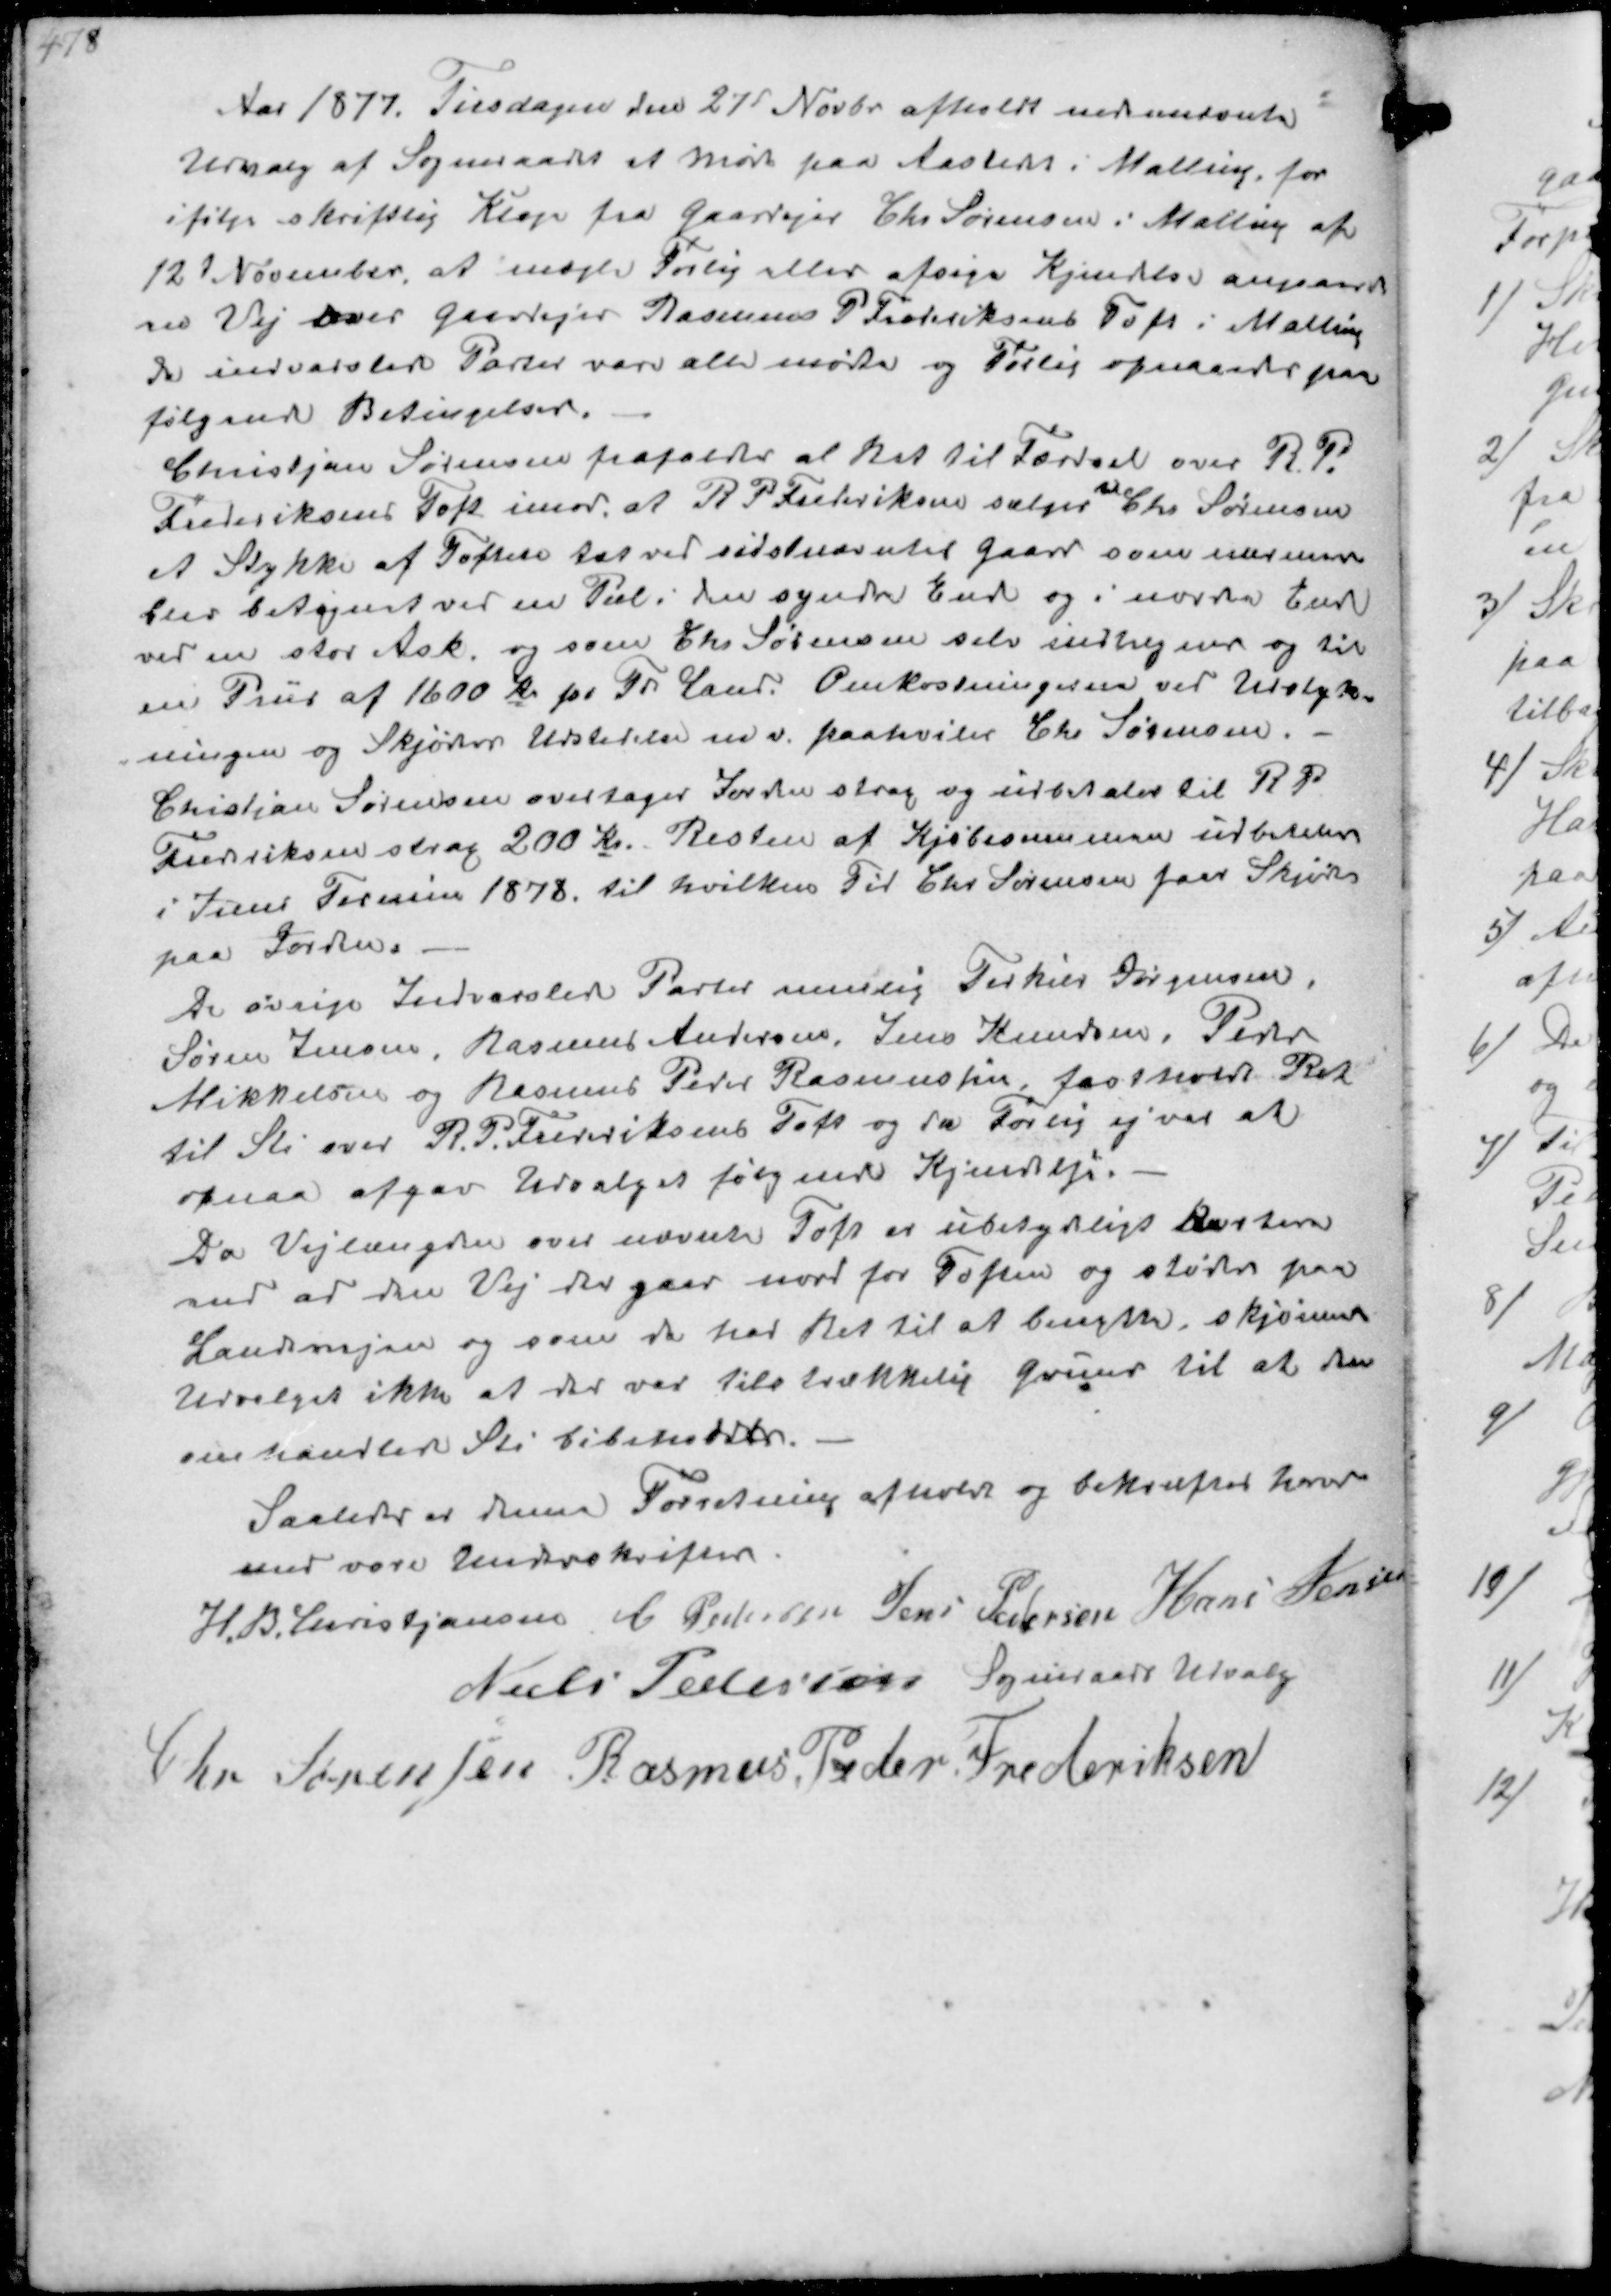
Transskription:
Aar 1877 Tirsdagen den 27d Novbr afholdt nedennævnte
Udvalg af Sogneraadet et Møde paa Aastedet i Malling for
ifølge skriftlig Klage fra Gaardejer Chr Sørensen i Malling af
12d November, at mægle Forlig eller afsige Kjendelse angaaende
den Vej over Gaardejer Rasmus P Frederiksens Toft i Malling
de indvarslede Parter vare alle mødte og Forlig opnaades paa
følgende Betingelser.

Christjan Sørensen frafalder al Ret til Færdsel over R P 
Frederiksens Toft imod at R P. Frederiksen sælger
til
Chr Sørensen
et Stykke af Toften tæt ved sidstnævntes Gaard som nærmere
blev betegnet ved en Pæl i den syndre Ende og i nordre Ende
ved en stor Ask og som Chr Sørensen selv indhegner og til
en Priis af 1600 Kr pr Td Land. Omkostningerne ved Udstyk-
ningen og Skjøder Udstedelse m v. paahviler Chr Sørensen.
Christian Sørensen overtager Jorder strax og udbetaler til R P
Frederiksen strax 200 Kr. Resten af Kjøbesummen udbetales
i Juni Termin 1878 til hvilken Tid Chr. Sørensen faar Skjødet
paa Jorden

De øvrige Indvarslede Parter nemlig Torkild Jørgensen,
Søren Jensen, Rasmus Andersen, Jens Knudsen, Peder
Mikkelsen og Rasmus Peder Rasmussen, fastholdt Ret
til Sti over R.P. Frederiksens Toft og da Forlig ej var at
opnaa afgav Udvalget følgende Kjendelse
Da Vejlængden over nævnte Toft er ubetydeligt kortere
end ad den Vej der gaar nord for Toften og støder paa
Landevejen og som de har Ret til at benytte skjønnede
Udvalget ikke at der var tilstrækkelig Grund til at den
omhandlede Sti bibeholdes
Saaledes er denne Forretning afholdt og bekræftes herved
med vore Underskrifter
H. B. Christjansen C Pedersen Jens Pedersen Hans Jensen
Niels Pedersen Sogneraads Udvalg
Chr Sørensen Rasmus Peder Frederiksen